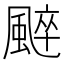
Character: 𩗶